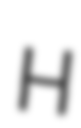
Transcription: H